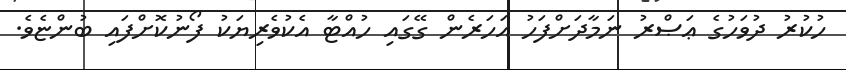
ހުކުރު ދުވަހުގެ ޢަޞްރު ނަމާދަށްފަހު އަހަރެން ގޭގައި ހުއްޓާ އެކުވެރިޔަކު ފޯނުކޮށްފައި ބުންޏެވެ.